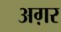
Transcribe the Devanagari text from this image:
अग़र